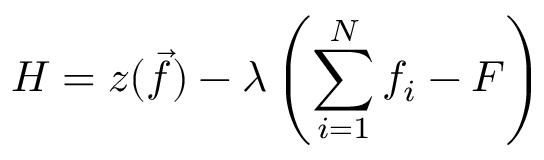
H = z ( \vec { f } ) - \lambda \left( \sum _ { i = 1 } ^ { N } f _ { i } - F \right)